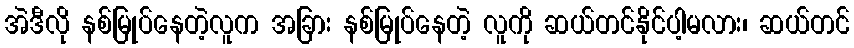
အဲဒီလို နစ်မြုပ်နေတဲ့လူက အခြား နစ်မြုပ်နေတဲ့ လူကို ဆယ်တင်နိုင်ပါ့မလား၊ ဆယ်တင်